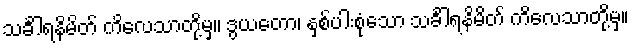
သင်္ခါရနိမိတ် ကိလေသာတို့မှ။ ဒွယတော၊ နှစ်ပါးစုံသော သင်္ခါရနိမိတ် ကိလေသာတို့မှ။